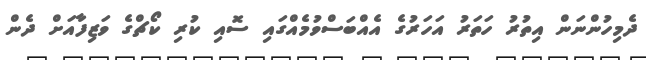
ދެމިހުންނަން އިތުރު ހަތަރު އަހަރުގެ އެއްބަސްވުމެއްގައި ސޮއި ކުރި ކޯޗްގެ ވަޒިފާއަށް ދެން